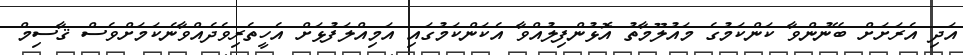
އަދި އެރަށަށް ބޭނުންވާ ކަންކަމުގެ މައުލޫމާތު އޮޅުންފިލުއްވާ އެކަންކަމުގައި އަމިއްލަފުޅަށް އެހީތެރިވެދެއްވާނެކަމަށްވެސް ޤާސިމް